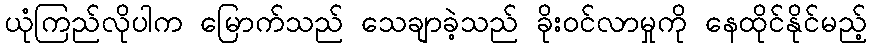
ယုံကြည်လိုပါက မြောက်သည် သေချာခဲ့သည် ခိုးဝင်လာမှုကို နေထိုင်နိုင်မည့်